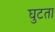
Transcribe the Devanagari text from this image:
घुटता